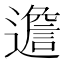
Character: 𨗧